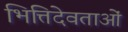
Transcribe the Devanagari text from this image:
भित्तिदेवताओं